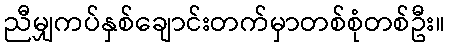
ညီမျှကပ်နှစ်ချောင်းတက်မှာတစ်စုံတစ်ဦး။